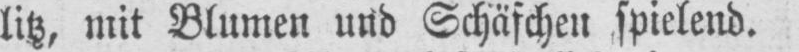
litz, mit Blumen und Schäfchen spielend.